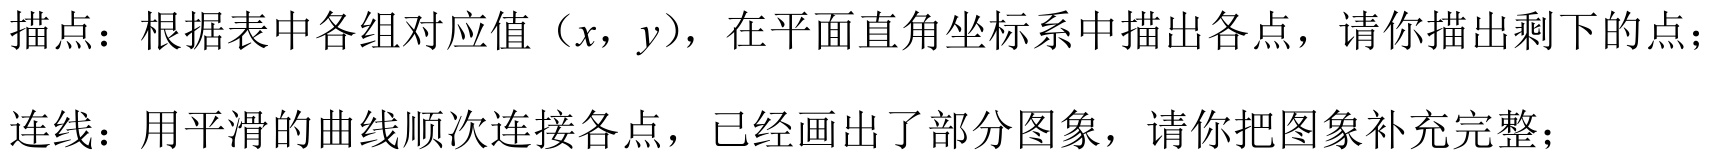
描点：根据表中各组对应值（\(x\)，\(y\)），在平面直角坐标系中描出各点，请你描出剩下的点；
连线：用平滑的曲线顺次连接各点，已经画出了部分图象，请你把图象补充完整；